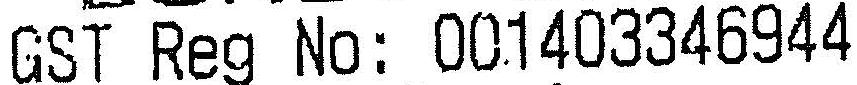
GST REG NO: 001403346944